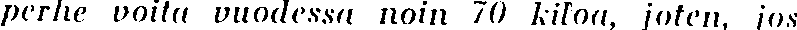
perhe voita vuodessa noin 70 kiloa, joten, jos